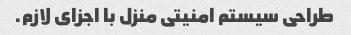
طراحی سیستم امنیتی منزل با اجزای لازم.